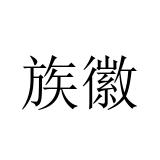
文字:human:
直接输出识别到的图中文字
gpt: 族徽